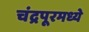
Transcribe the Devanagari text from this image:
चंद्रपूरमध्ये